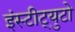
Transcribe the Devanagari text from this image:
इंस्टीट्युटो